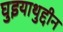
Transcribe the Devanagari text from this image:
घुइयाथुद्दीन